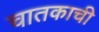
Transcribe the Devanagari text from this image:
चातकाची